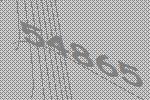
54865